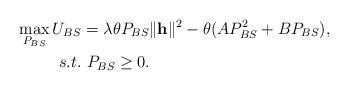
LaTeX: \begin{align*}\max_{P_{BS}} U_{BS} &= \lambda \theta P_{BS} \|\mathbf{h}\|^{2} - \theta (AP_{BS}^{2} + BP_{BS}), \\ s.t.&~ P_{BS} \geq 0.\end{align*}